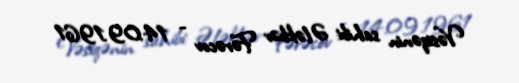
Vəsiqənin sahibi: Ələkbər Fərəcov - 14.09.1961